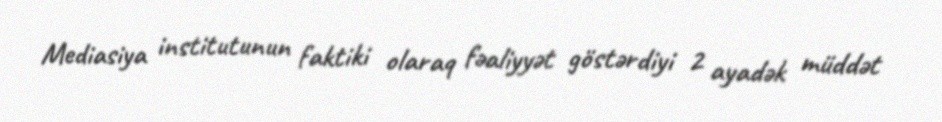
Mediasiya institutunun faktiki olaraq fəaliyyət göstərdiyi 2 ayadək müddət